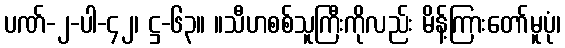
ပဏ်-၂-ပါ-၄၂၊ ဋ္ဌ-၆၃။ ။သီဟစစ်သူကြီးကိုလည်း မိန့်ကြားတော်မူပုံ၊